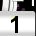
Digit: 1